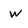
Character: w